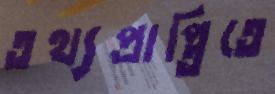
তথ্যপ্রাপ্তিতে